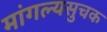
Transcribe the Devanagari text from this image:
मांगल्यसुचक